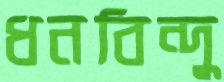
ধনবিন্দু